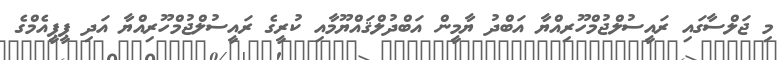
މި ޖަލްސާގައި ރައީސުލްޖުމްހޫރިއްޔާ އަބްދު ޔާމީން އަބްދުލްޤައްޔޫމާއި ކުރީގެ ރައީސުލްޖުމްހޫރިއްޔާ އަދި ޕީޕީއެމްގެ